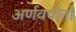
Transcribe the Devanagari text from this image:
अर्णवपोतों